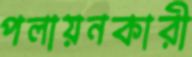
পলায়নকারী